Vaccination in the Punjab 1919-1929 - 1919-1929
Year: 1919
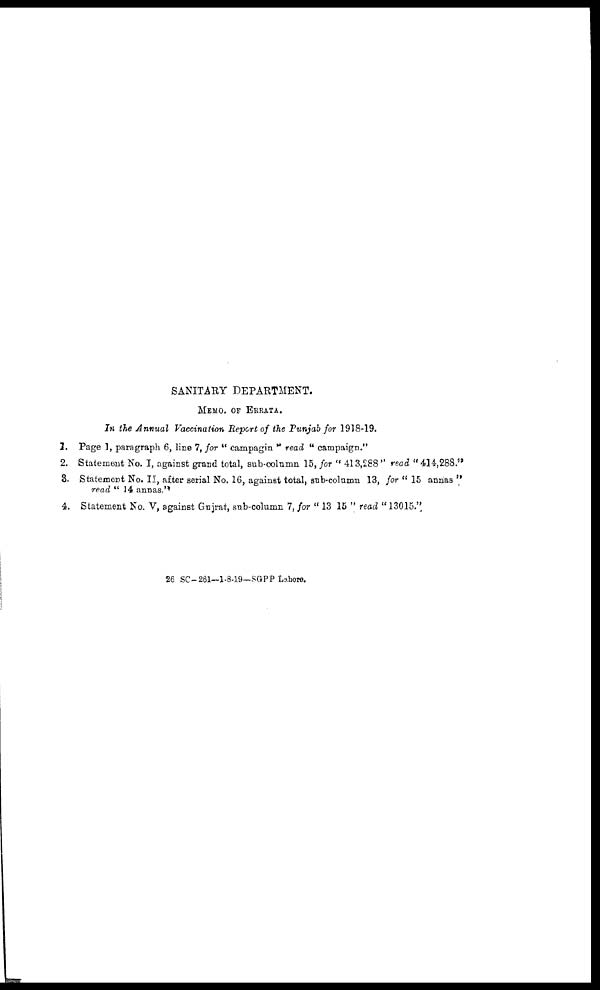
SANITARY DEPARTMENT.
MEMO. OF ERRATA.
In the Annual Vaccination Report of the Punjab for 1918-19.
1. Page 1, paragraph 6, line 7, for " campagin " read " campaign."
2. Statement No. I, against grand total, sub-column 15, for " 413,288 " read " 414,288."
3. Statement No. II, after serial No. 16, against total, sub-column 13, for " 15 annas "
read " 14 annas."
4. Statement No. V, against Gujrat, sub-column 7, for " 13 15 " read "13015."
26 SC-261—1-8-19—SGPP Lahore.